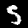
Label: 5